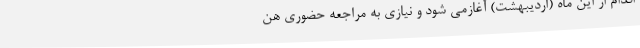
اقدام از این ماه (اردیبهشت) آغازمی شود و نیازی به مراجعه حضوری هن